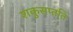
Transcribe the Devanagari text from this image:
शकुसप्तति